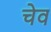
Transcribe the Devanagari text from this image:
चेव